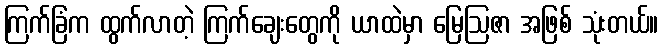
ကြက်ခြံက ထွက်လာတဲ့ ကြက်ချေးတွေကို ယာထဲမှာ မြေဩဇာ အဖြစ် သုံးတယ်။